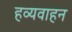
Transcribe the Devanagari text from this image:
हव्यवाहन